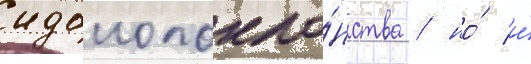
идолопокло́нства / но́ и́